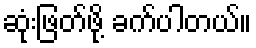
ဆုံးဖြတ်ဖို့ ခက်ပါတယ်။